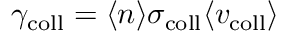
\gamma _ { \mathrm { c o l l } } = \langle n \rangle \sigma _ { \mathrm { c o l l } } \langle v _ { \mathrm { c o l l } } \rangle